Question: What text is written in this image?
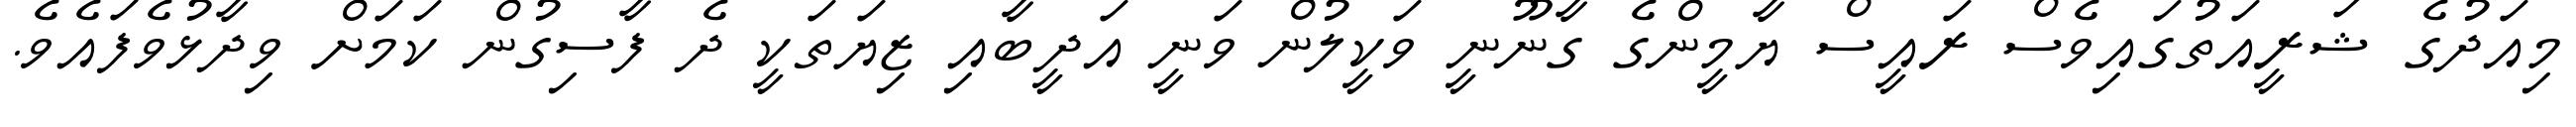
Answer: މިއަދުގެ ޝަރީއަތުގައިވެސް ރައީސް ޔާމީންގެ ގާނޫނީ ވަކީލުން ވަނީ އަދީބާއި ޒިޔަތަކީ ދެ ފާސިގުން ކަމަށް ވިދާޅުވެފައެވެ.